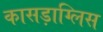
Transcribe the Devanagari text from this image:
कासड़ाग्लिस